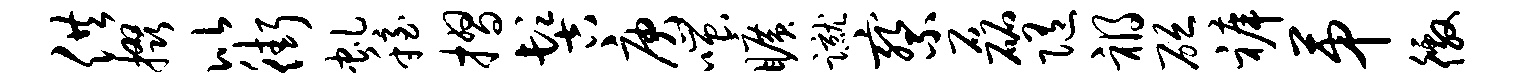
供掇比街虬稳摺髻庚嗤旷蹴察磊随祸砭裤第徼